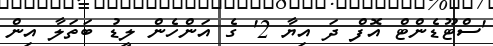
'ސްޓޫޑެންޓް އޮފް ދަ އިޔާ 2' ގެ އަންހެން ލީޑު ބަތަލާ އިން